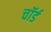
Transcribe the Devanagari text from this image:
चॉर्ड